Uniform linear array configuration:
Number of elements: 4
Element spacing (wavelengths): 0.5
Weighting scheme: kaiser
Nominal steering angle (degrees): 60
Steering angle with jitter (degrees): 59.764
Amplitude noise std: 0.05
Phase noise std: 0.05

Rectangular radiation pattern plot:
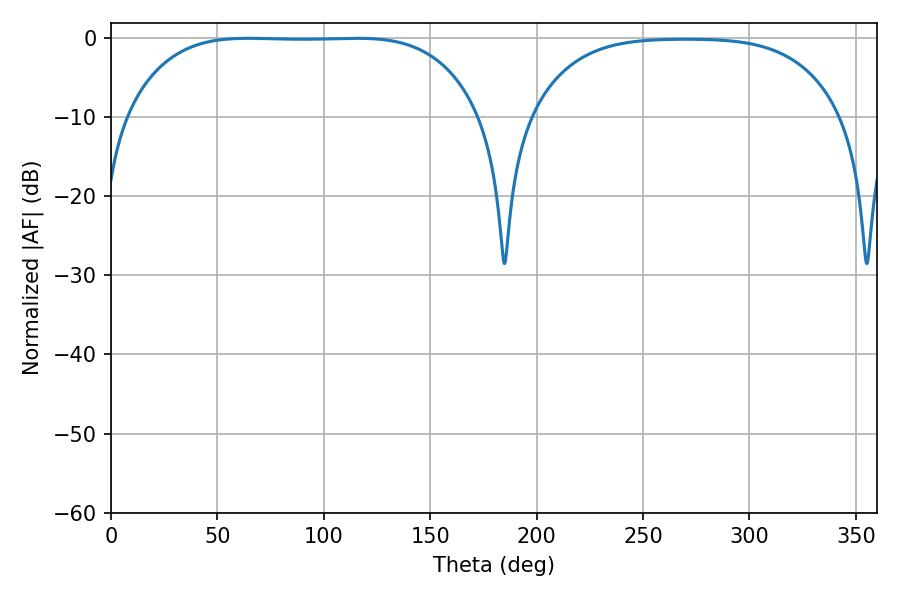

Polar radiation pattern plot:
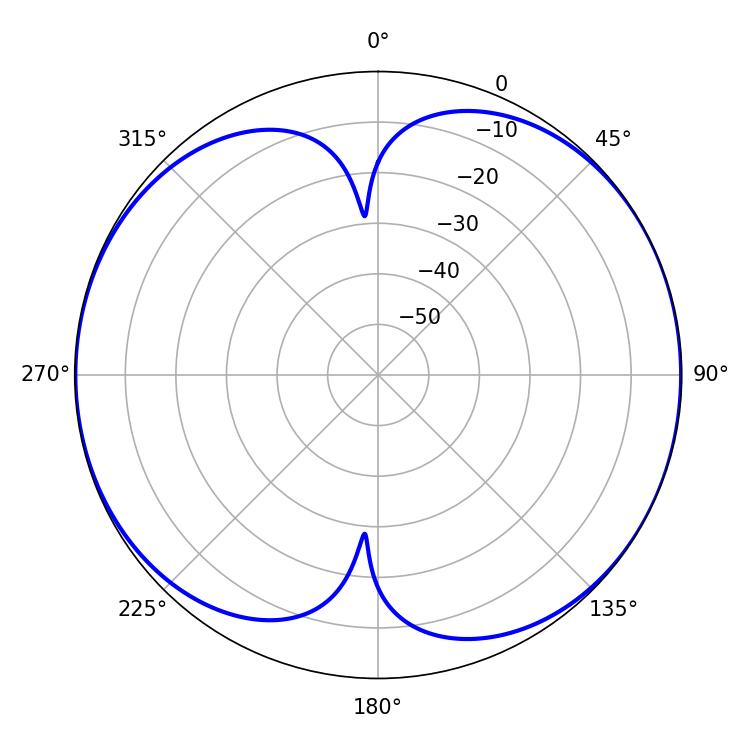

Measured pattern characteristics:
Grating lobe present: FALSE
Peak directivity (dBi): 8.655
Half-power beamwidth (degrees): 128.52
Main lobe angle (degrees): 64.62